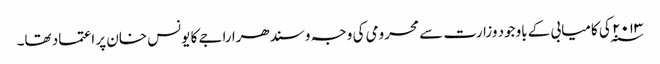
۲۰۱۳ ؁ کی کامیابی کے باوجود وزارت سے محرومی کی وجہ وسندھرا راجے کا یونس خان پر اعتماد تھا۔